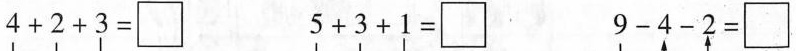
$$4 + 2 + 3 = \Box$$ $$5 + 3 + 1 = \Box$$ $$9 - 4 - 2 = \Box$$